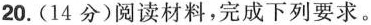
20. (14分)阅读材料，完成下列要求。